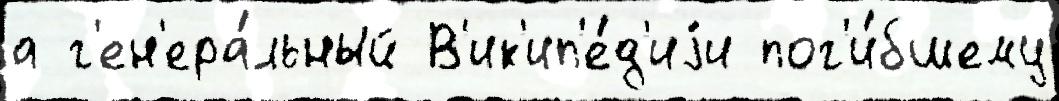
а г'ен'ера́льный В'ик'ип'е́д'иjи пог'и́бшему